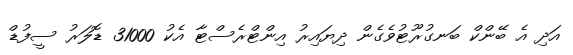
އަދި އެ ބޭންކް ބަނގުރޫޓުވެގެން ދިޔައިރު އިންޓްރެސްޓާ އެކު 31000 ޑޮލަރު ސީފުޑް